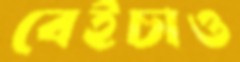
বেইচাও